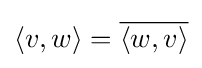
\langle v,w\rangle ={\overline {\langle w,v\rangle }}